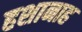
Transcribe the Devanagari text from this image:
हशानाह